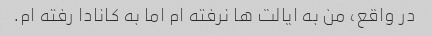
در واقع، من به ایالت ها نرفته ام اما به کانادا رفته ام.